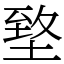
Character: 𡍶